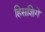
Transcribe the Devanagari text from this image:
हिसशिगे